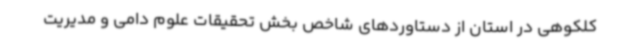
کلکوهی در استان از دستاوردهای شاخص بخش تحقیقات علوم دامی و مدیریت